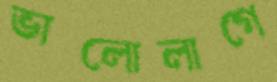
ভালোলাগে